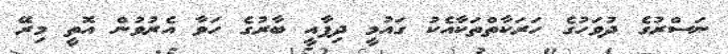
ނަސްރުގެ ދުވަހުގެ ހަރަކާތްތަކާއެކު ގައުމީ ދިފާއީ ބާރުގެ ހަވާ އެރުވުން އޮތީ މިރޭ